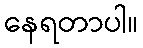
နေရတာပါ။